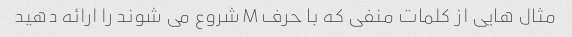
مثال هایی از کلمات منفی که با حرف M شروع می شوند را ارائه دهید